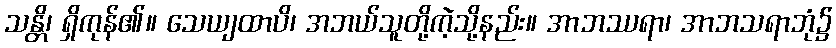
သန္တိ၊ ရှိကုန်၏။ သေယျထာပိ၊ အဘယ်သူတို့ကဲ့သို့နည်း။ အာဘဿရာ၊ အာဘသရာဘုံ၌